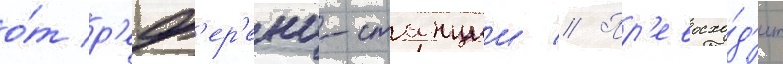
о́т р'еф'ер'енц-станции // Пр'евосхо́д'ит